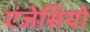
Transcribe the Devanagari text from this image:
एंजेसियों